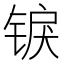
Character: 𬭜